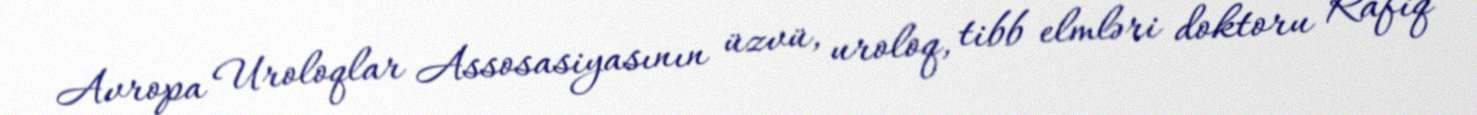
Avropa Uroloqlar Assosasiyasının üzvü, uroloq, tibb elmləri doktoru Rafiq